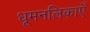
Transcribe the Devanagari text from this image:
धूमनलिकाएँ